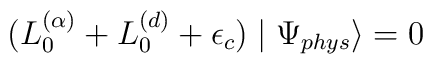
(L_{0}^{(\alpha)}+L_{0}^{(d)}+\epsilon_{c})\mid\Psi_{phys}\rangle=0